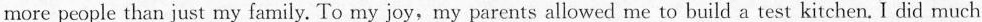
more people than just my family. To my joy, my parents allowed me to build a test kitchen. I did much